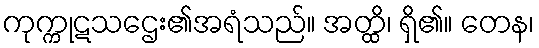
ကုက္ကုဋသဌေး၏အရံသည်။ အတ္ထိ၊ ရှိ၏။ တေန၊